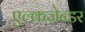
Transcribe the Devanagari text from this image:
एल्कजेन्डर